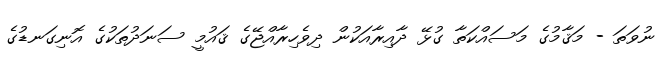
ނުވަތަ - މަޤާމުގެ މަސައްކަތާ ގުޅޭ ދާއިރާއަކުން ދިވެހިރާއްޖޭގެ ޤައުމީ ސަނަދުތަކުގެ އޮނިގަނޑުގެ